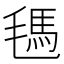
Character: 𰚧